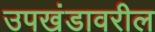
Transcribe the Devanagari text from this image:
उपखंडावरील